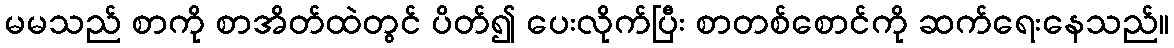
မမသည် စာကို စာအိတ်ထဲတွင် ပိတ်၍ ပေးလိုက်ပြီး စာတစ်စောင်ကို ဆက်ရေးနေသည်။